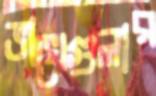
ভাখেগুলার